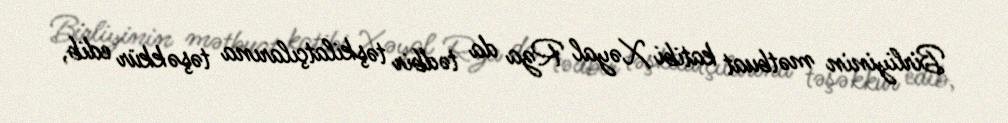
Birliyinin mətbuat katibi Xəyal Rza da tədbir təşkilatçılarına təşəkkür edib,